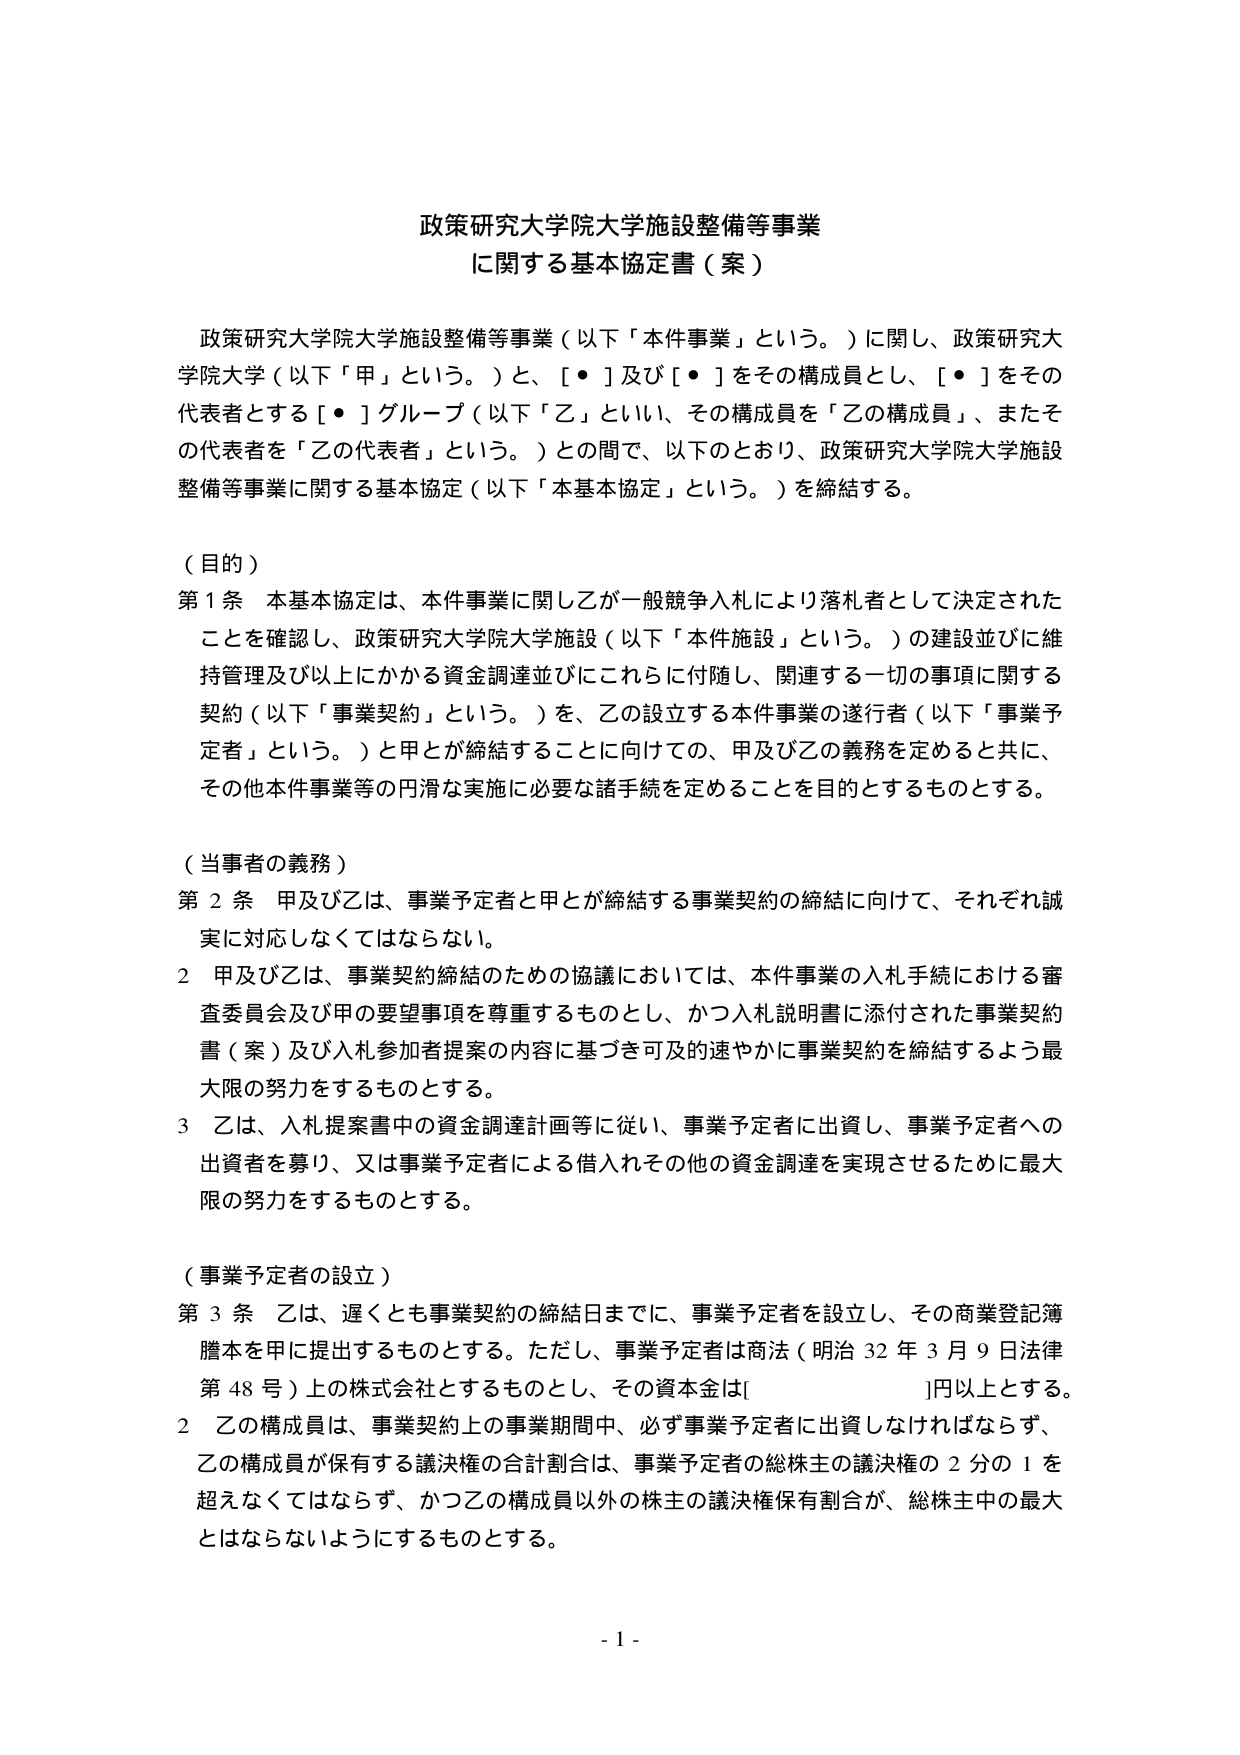
政策研究大学院大学施設整備等事業
に関する基本協定書（案）

政策研究大学院大学施設整備等事業（以下「本件事業」という。）に関し、政策研究大学院大学（以下「甲」という。）と、[・]及び[・]をその構成員とし、[・]をその代表者とする[・]グループ（以下「乙」といい、その構成員を「乙の構成員」、またその代表者を「乙の代表者」という。）との間で、以下のとおり、政策研究大学院大学施設整備等事業に関する基本協定（以下「本基本協定」という。）を締結する。

（目的）
第１条 本基本協定は、本件事業に関して乙が一般競争入札により落札者として決定されたことを確認し、政策研究大学院大学施設（以下「本件施設」という。）の建設並びに維持管理及び以上にかかる資金調達並びにこれらに付随し、関連する一切の事項に関する契約（以下「事業契約」という。）を、乙の設立する本件事業の遂行者（以下「事業予定者」という。）と甲とが締結することに向けての、甲及び乙の義務を定めると共に、その他本件事業等の円滑な実施に必要な諸手続を定めることを目的とするものとする。

（当事者の義務）
第２条 甲及び乙は、事業予定者と甲とが締結する事業契約の締結に向けて、それぞれ誠実に対応しなくてはならない。
２ 甲及び乙は、事業契約締結のための協議においては、本件事業の入札手続における審査委員会及び甲の要望事項を尊重するものとし、かつ入札説明書に添付された事業契約書（案）及び入札参加者提案の内容に基づき可及的速やかに事業契約を締結するよう最大限の努力をするものとする。
３ 乙は、入札提案書中の資金調達計画等に従い、事業予定者に出資し、事業予定者への出資者を募り、又は事業予定者による借入れその他の資金調達を実現させるために最大限の努力をするものとする。

（事業予定者の設立）
第３条 乙は、遅くとも事業契約の締結日までに、事業予定者を設立し、その商業登記簿謄本を甲に提出するものとする。ただし、事業予定者は商法（明治32年3月9日法律第48号）上の株式会社とするものとし、その資本金は[　　　　　　　　]円以上とする。
２ 乙の構成員は、事業契約上の事業期間中、必ず事業予定者に出資しなければならず、乙の構成員が保有する議決権の合計割合は、事業予定者の総株主の議決権の２分の１を超えなくてはならず、かつ乙の構成員以外の株主の議決権保有割合が、総株主中の最大とはならないようにするものとする。

- 1 -